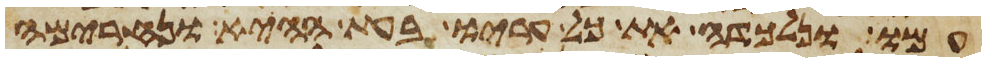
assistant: עמו ונלכדה את כל עריו בעת ההיא ונחרימה